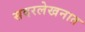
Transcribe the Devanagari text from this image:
सदरलेखनात